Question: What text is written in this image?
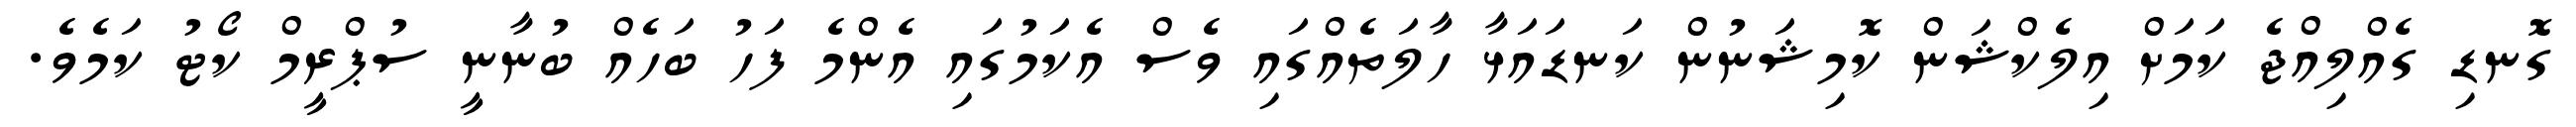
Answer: ގޮނޑި ގެއްލިއްޖެ ކަމަށް އިލެކްޝަން ކޮމިޝަނުން ކަނޑައަޅާ ހާލަތެއްގައި ވެސް އެކަމުގައި އެންމެ ފަހު ބަހެއް ބުނާނީ ސުޕްރީމް ކޯޓު ކަމެވެ.